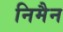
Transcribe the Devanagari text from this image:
निमैन